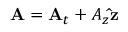
\mathbf { A } = \mathbf { A } _ { t } + A _ { z } \mathbf { \hat { z } }